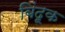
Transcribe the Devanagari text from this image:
बिंदूक